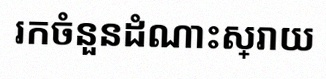
រកចំនួនដំណោះស្រាយ